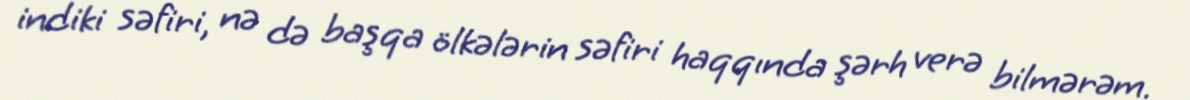
indiki səfiri, nə də başqa ölkələrin səfiri haqqında şərh verə bilmərəm.